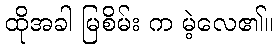
ထိုအခါ မြစိမ်း က မဲ့လေ၏။